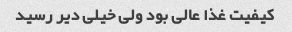
کیفیت غذا عالی بود ولی خیلی دیر رسید